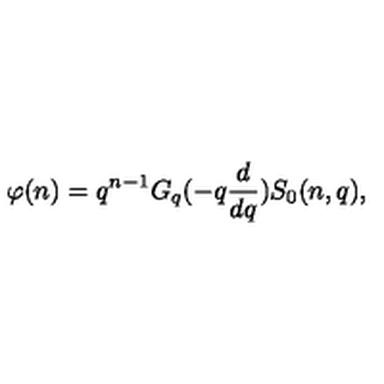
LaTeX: \varphi ( n ) = q ^ { n - 1 } G _ { q } ( - q \frac { d } { d q } ) S _ { 0 } ( n , q ) ,